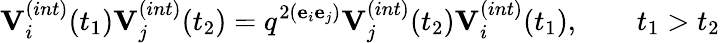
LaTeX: {\mathbf V}_{i}^{(int)}(t_{1}){\mathbf V}_{j}^{(int)}(t_{2})=q^{2({\mathbf e}_{i}{\mathbf e}_{j})}{\mathbf V}_{j}^{(int)}(t_{2}){\mathbf V}_{i}^{(int)}(t_{1}),\qquad t_{1}>t_{2}